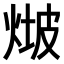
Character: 𤊫